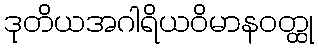
ဒုတိယအဂါရိယဝိမာနဝတ္ထု